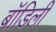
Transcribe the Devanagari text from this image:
बॉडिली